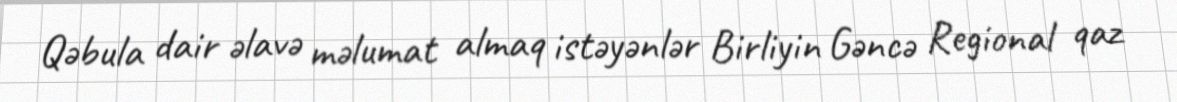
Qəbula dair əlavə məlumat almaq istəyənlər Birliyin Gəncə Regional qaz